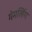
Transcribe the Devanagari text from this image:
गेमलिंग